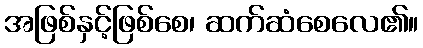
အဖြစ်နှင့်ဖြစ်စေ၊ ဆက်ဆံစေလေ၏။